Scottish Leaving Certificate Examination, 1961
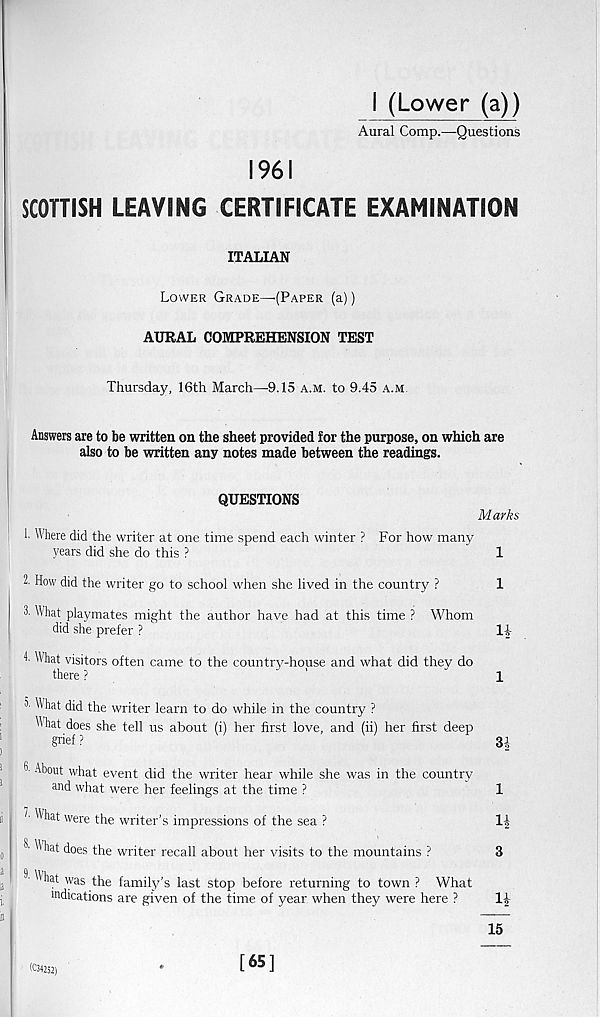
I (Lower (a))
Aural Comp.—Questions
1961
SCOTTISH LEAVING CERTIFICATE EXAMINATION
ITALIAN
Lower Grade—’(Paper (a))
AURAL COMPREHENSION TEST
Thursday, 16th March—9.15 a.m. to 9.45 a.m.
Answers are to be written on the sheet provided for the purpose, on which are
also to be written any notes made between the readings.
QUESTIONS
Marks
1. Where did the writer at one time spend each winter ? For how many
years did she do this ?
1
2. How did the writer go to school when she lived in the country ?
1
3. What playmates might the author have had at this time ? Whom
did she prefer ?
14-
!■ What visitors often came to the country-house and what did they do
there ?
'
l
^ What did the writer learn to do while in the country ?
What does she tell us about (i) her first love, and (ii) her first deep
grief ?
34
h About what event did the writer hear while she was in the country
and what were her feelings at the time ?
1
'
we re the writer’s impressions of the sea ?
14
^ What does the writer recall about her visits to the mountains ?
3
^ ^l at was the family’s last stop before returning to town ? What
indications are given of the time of year when they were here ?
14-
15
K34252)
[65]